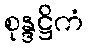
စုန္ဒဋ္ဌိကံ